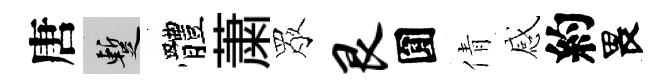
唐暫體䔥眾艮圎倩感約畏